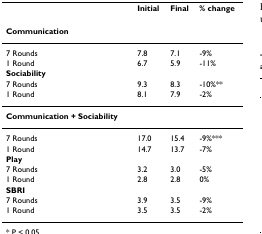
<table><thead><tr><td></td><td><b>Initial</b></td><td><b>Final</b></td><td><b>% change</b></td></tr></thead><tbody><tr><td><b>Communication</b></td><td></td><td></td><td></td></tr><tr><td>7 Rounds</td><td>7.8</td><td>7.1</td><td>-9%</td></tr><tr><td>1 Round</td><td>6.7</td><td>5.9</td><td>-11%</td></tr><tr><td><b>Sociability</b></td><td></td><td></td><td></td></tr><tr><td>7 Rounds</td><td>9.3</td><td>8.3</td><td>-10%**</td></tr><tr><td>1 Round</td><td>8.1</td><td>7.9</td><td>-2%</td></tr><tr><td><b>Communication + Sociability</b></td><td></td><td></td><td></td></tr><tr><td>7 Rounds</td><td>17.0</td><td>15.4</td><td>-9%***</td></tr><tr><td>1 Round</td><td>14.7</td><td>13.7</td><td>-7%</td></tr><tr><td><b>Play</b></td><td></td><td></td><td></td></tr><tr><td>7 Rounds</td><td>3.2</td><td>3.0</td><td>-5%</td></tr><tr><td>1 Round</td><td>2.8</td><td>2.8</td><td>0%</td></tr><tr><td><b>SBRI</b></td><td></td><td></td><td></td></tr><tr><td>7 Rounds</td><td>3.9</td><td>3.5</td><td>-9%</td></tr><tr><td>1 Round</td><td>3.5</td><td>3.5</td><td>-2%</td></tr></tbody></table>